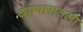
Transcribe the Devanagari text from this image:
व्यापारातला